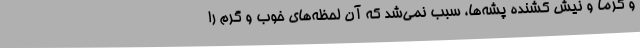
و گرما و نیش کشنده پشه‌ها، سبب نمی‌شد که آن لحظه‌های خوب و گرم را